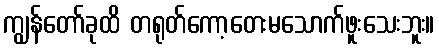
ကျွန်တော်ခုထိ တရုတ်ကော့တေးမသောက်ဖူးသေးဘူး။